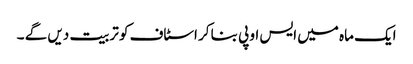
ایک ماہ میں ایس او پی بنا کر اسٹاف کو تربیت دیں گے ۔